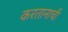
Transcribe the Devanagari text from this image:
करतानाची